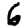
Digit: 6